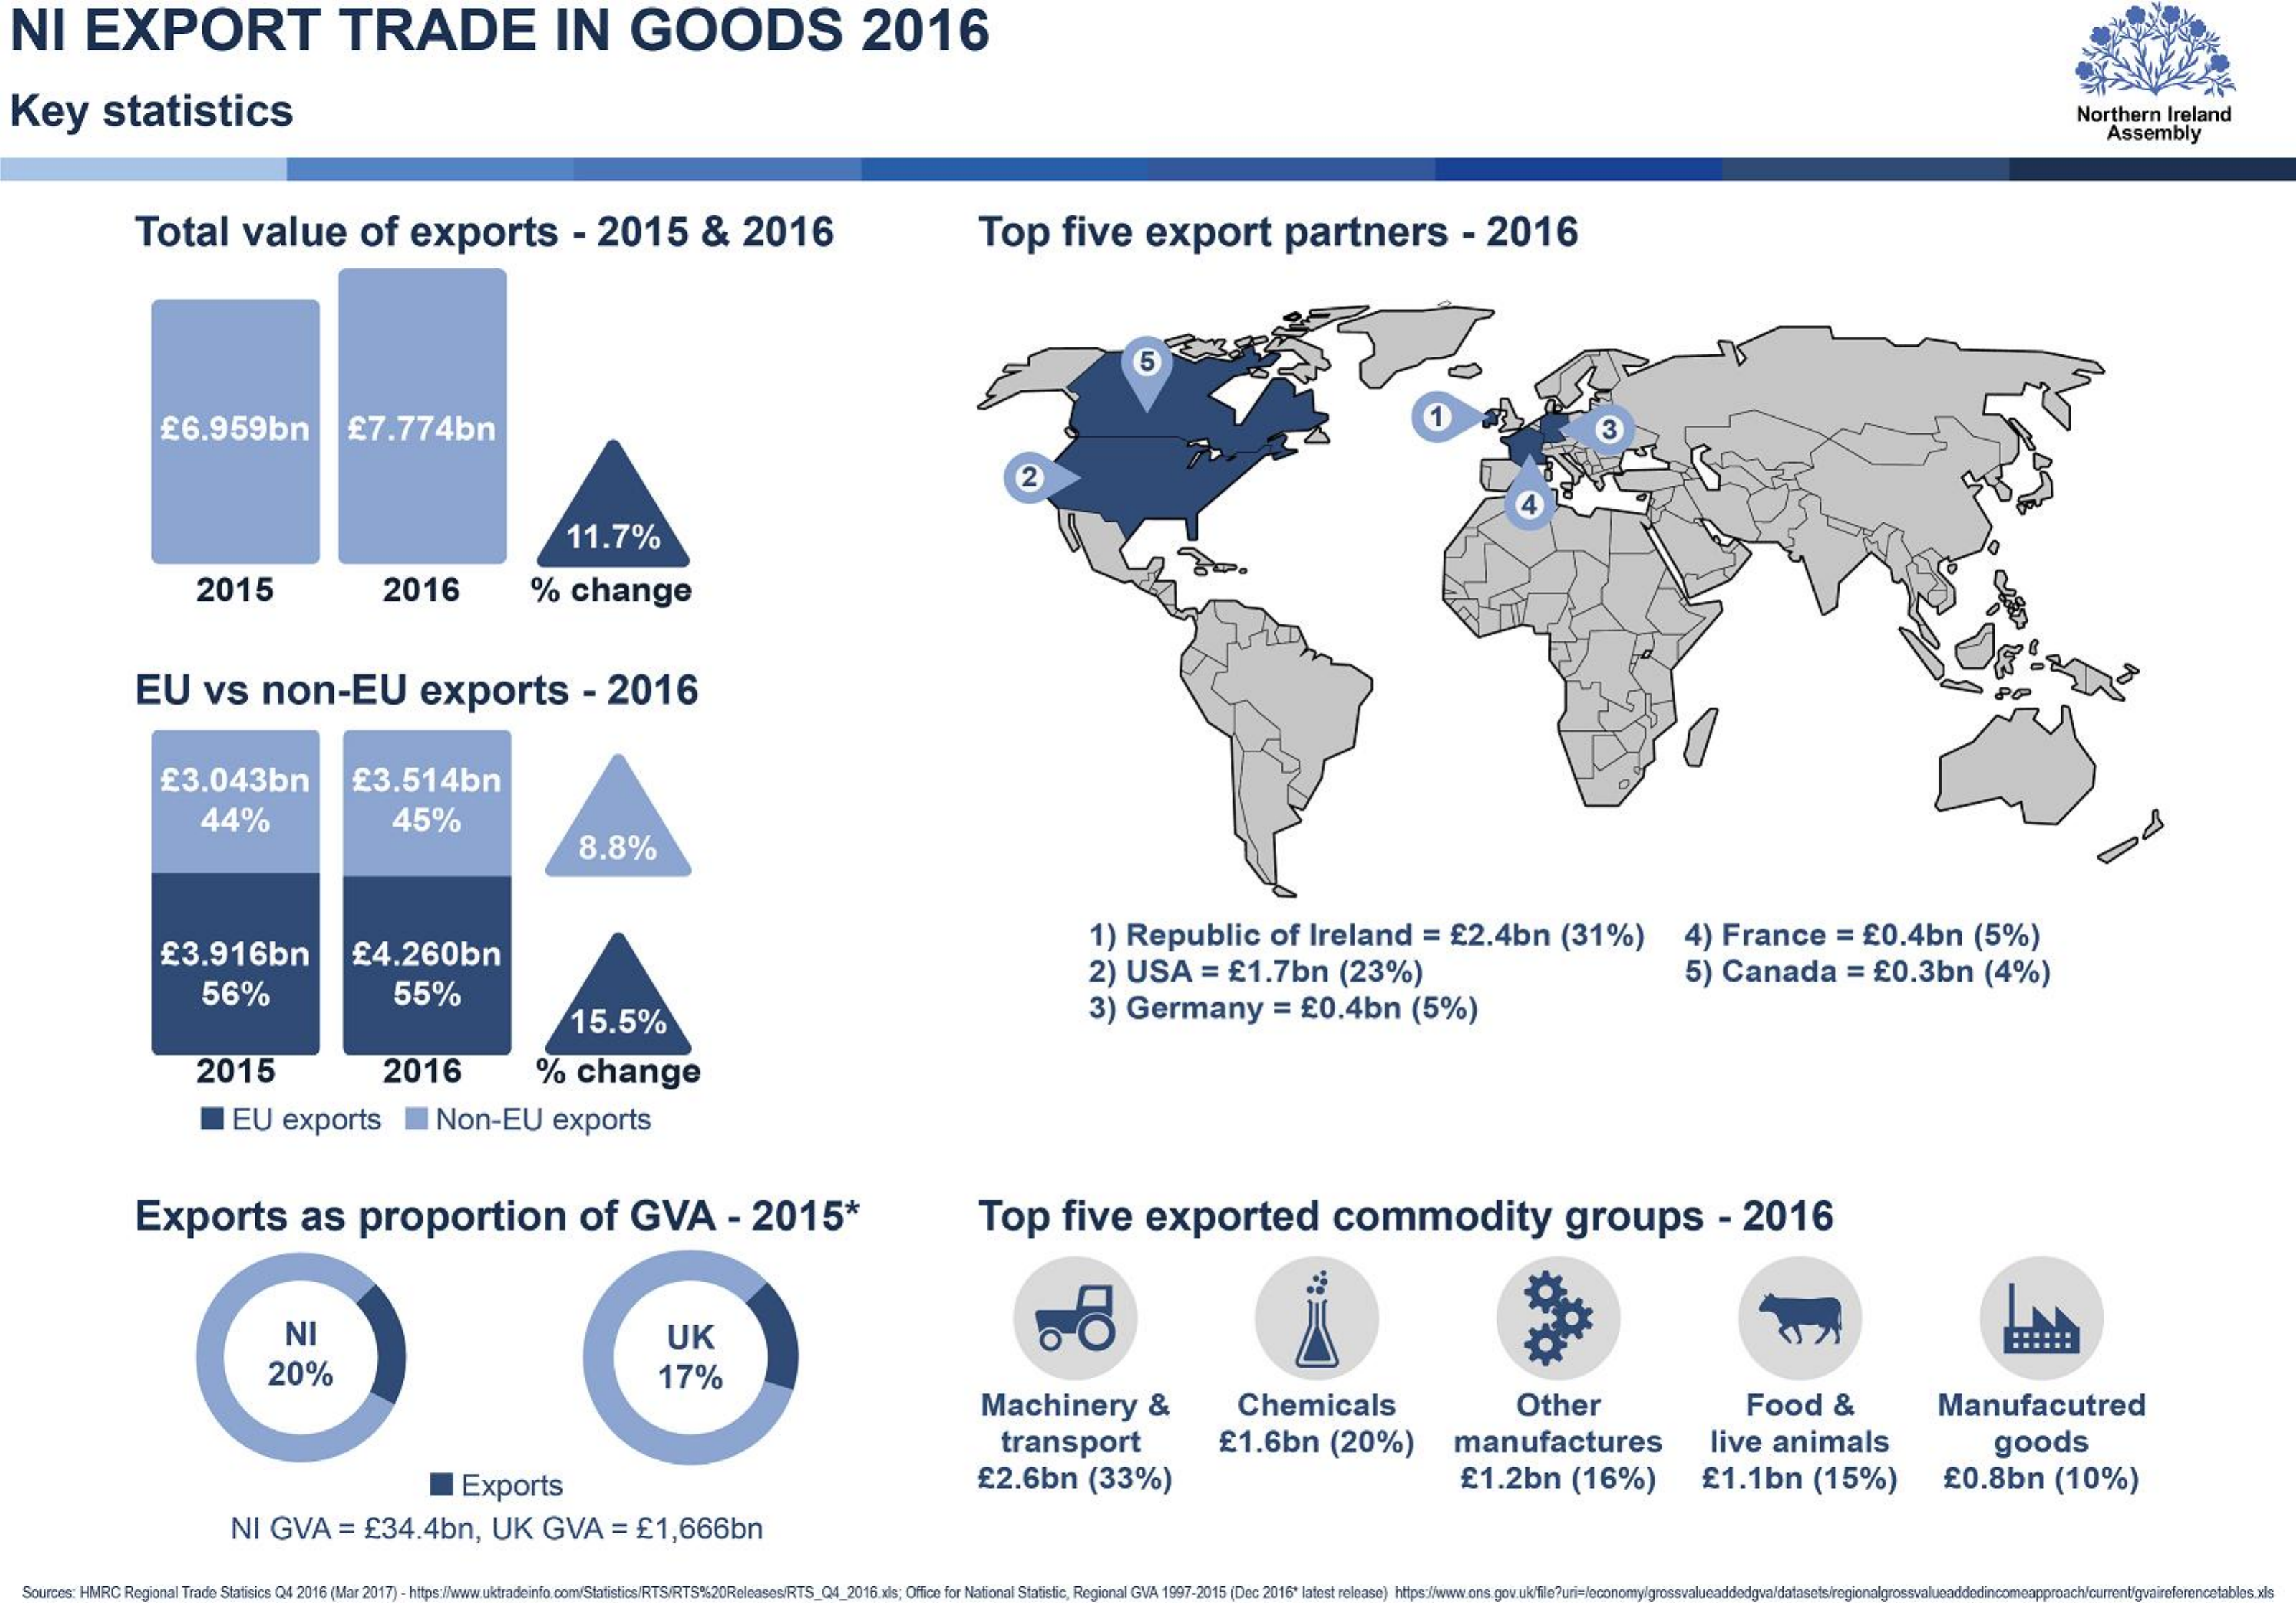
NI   EXPORT    TRADE    IN    GOODS    2016
  Key    statistics    Northern Ireland
     Assembly
     Total    value    of   exports    - 2015    &  2016    Top   five    export    partners    - 2016
     5
     £6.959bn    £7.774bn
     2
     11.7%
     2015    2016    %  change
     EU   vs   non-EU    exports    - 2016
     £3.043bn    £3.514bn
     44%    45%
     8.8%
     £3.916bn    £4.260bn
     1) Republic    of  Ireland   = £2.4bn   (31%)    4) France    = £0.4bn    (5%)
     56%    55%
     2) USA    = £1.7bn   (23%)
     3) Germany    = £0.4bn    (5%)
     5) Canada    = £0.3bn   (4%)
     15.5%
     2015    2016    % change
     EU  exports    Non-EU    exports
     Exports    as   proportion    of   GVA    - 2015*    Top   five    exported    commodity    groups    - 2016
     NI    UK    od
     20%    17%
     Machinery    &    Chemicals    Other    Food    &    Manufacutred
     transport    £1.6bn  (20%)    manufactures    live animals    goods
     Exports    £2.6bn   (33%)    £1.2bn   (16%)    £1.1bn   (15%)    £0.8bn    (10%)
     NI GVA   = £34.4bn,   UK  GVA   = £1,666bn
     :HMRC Regional Trade Statisics Q4 2016 (Mar 2017) - https://www.uktradeinfo.com/Statistics/RTS/RTS%20Releases/RTS_04_2016.xls; Office for National Statistic, R 15 (Dec 2016' latest release) referencetablos.xls